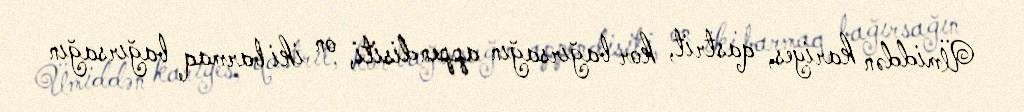
Ümiddən kariyes, qastrit, kor bağırsağın appendisiti, on iki barmaq bağırsağın